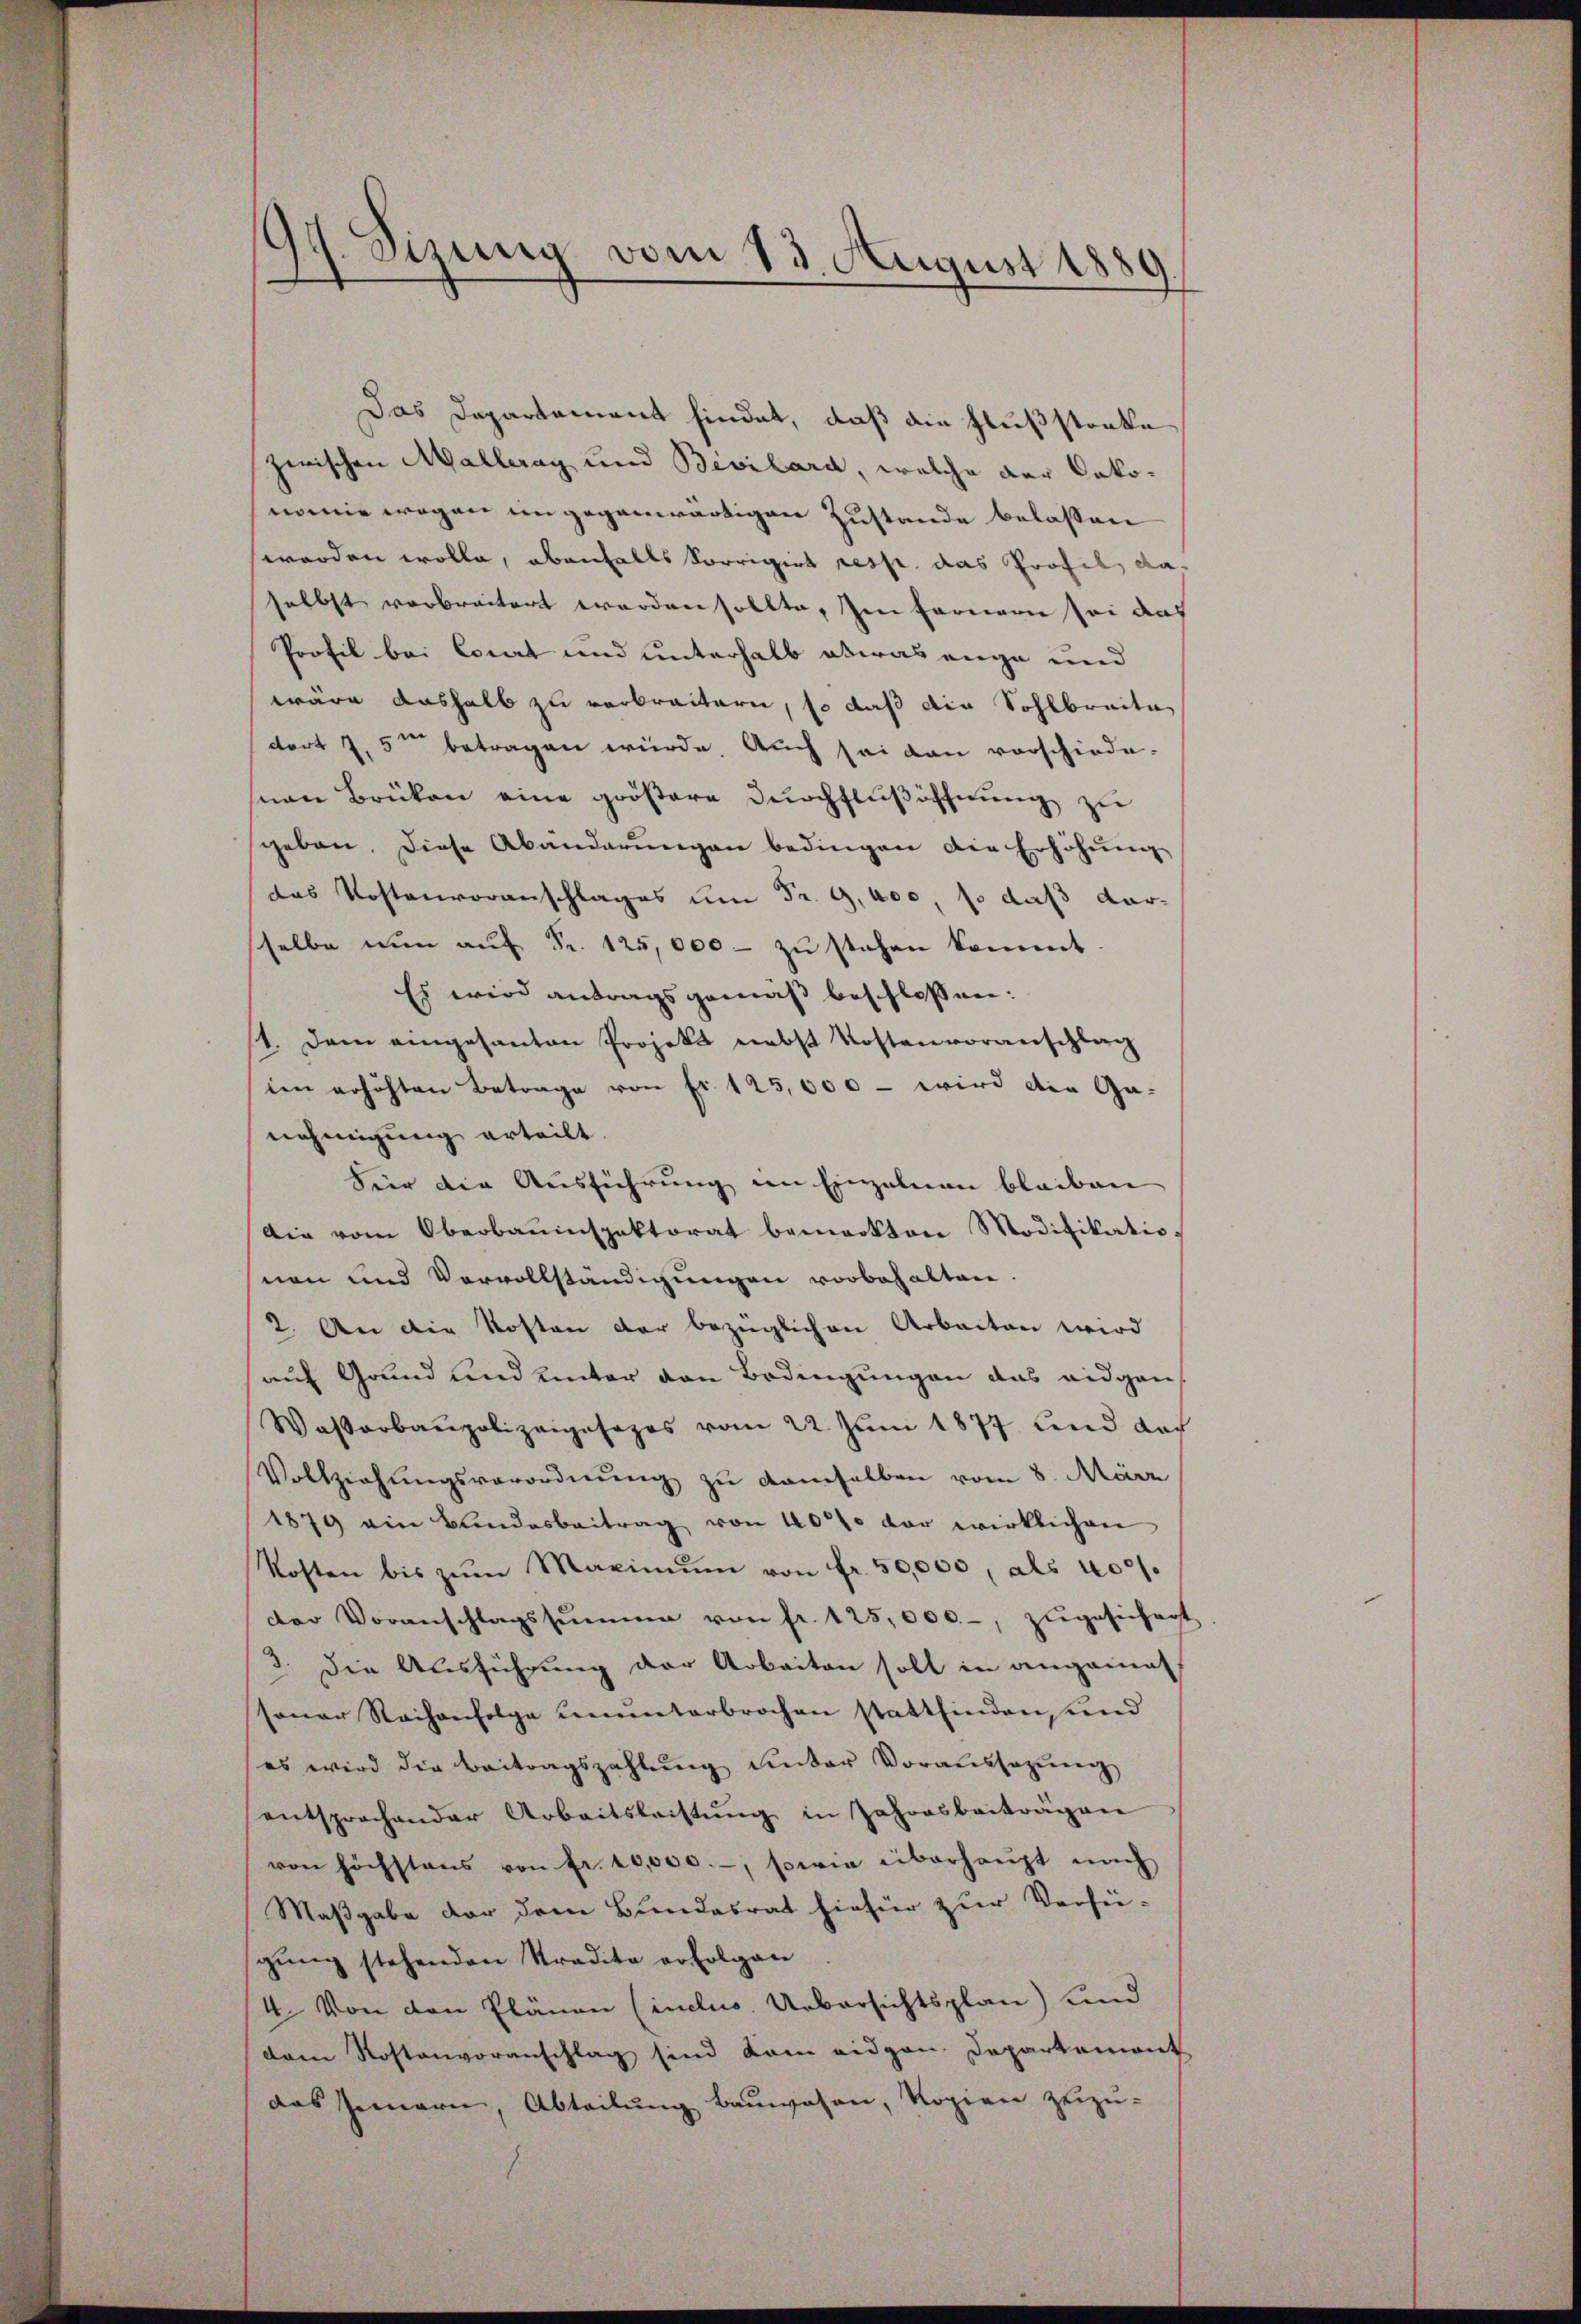
Sizung vom 13. August 1880

Das Departament hindet, daß die Flußstocke
zwischen Malleray und Bivilard, welche der Cakonomie wegen in gegenwärtigen Zustande belassen
werden wolle, ebenfalls korrigirt resp. das Profil daselbst verbreitert worden sollte, son fernern sei das
Profil bei Cocart und unterhalb etwas enge und
wäre deshalb zu verbreitern, so daß die Sohlbreite
dort Z. 5 betragen würde. Auch sei dann vorschiede-
nen Brüken eine größere Durchflußöffnung zu
geben. Diese Abänderŭngen bedingen die Erhöhung
das Kostenvoranschlages um Fr. G,400, so daß dar-
selbe nun auf Fr. 125,000 - zu stehen kommt.
Es wird antragsgemäß beschlossen:
11. Dem eingesanten Projekt nebst Kostenvoranschlag
ien erhöhten Betrage von fr. 125,000 - wird die Ga-
nehmigung erteilt
Für die Ausführung im Einzelnen bleiben
Die vom Oberbauinspektorat bemerkten Modifikationen und Vervollständigungen vorbehalten.
2. An die Kosten der bezüglichen Arbeiten wird
auf Grund und unter den Bedingungen das eidgen.
Wasserbaupolizeigesezes vom 22. Jŭni 1877 und der
Vollziehŭngsverordnŭng zu demselben vom 8. März
1879 ein Bundesbeitrag von 40000 der wirklichen
Kosten bis zŭm Maximŭm von fr. 50,000, als 400f
der Voranschlagssumme von fr. 125,000.-, zŭgesichert
3. Die Ausführung der Arbeiten soll in angainat
sonar Rachenfolge ununterbrochen stattfinden, und
es wird die Beitragszahlŭng unter Vorausserŭng
entsprochender Arbeitsleistŭng in Jahresbeiträgen
von höchstens von fr. 10,000.-, sowie überhaupt nach
Maßgabe der dem Bundesrat hiefür zur Verfü-
gŭng stehenden Stradita erfolgen
4. Von den Plänen (inclus. Uebersichtsplan) und
dem Rostenvoranschlag sind kam eidgen. Departemont
das Innern, Abteilung bauwesen, Kopien zuzu-